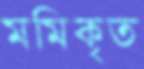
মমিকৃত